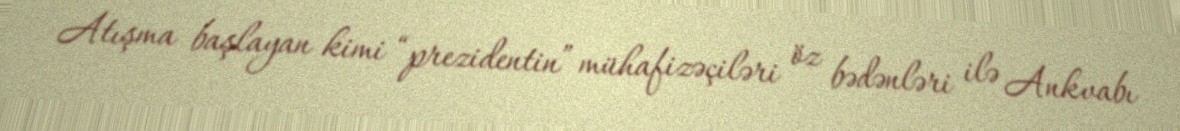
Atışma başlayan kimi “prezidentin” mühafizəçiləri öz bədənləri ilə Ankvabı